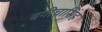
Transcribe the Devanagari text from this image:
बगीचासिंह